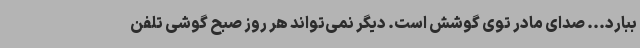
ببارد... صدای مادر توی گوشش است. دیگر نمی‌تواند هر روز صبح گوشی تلفن